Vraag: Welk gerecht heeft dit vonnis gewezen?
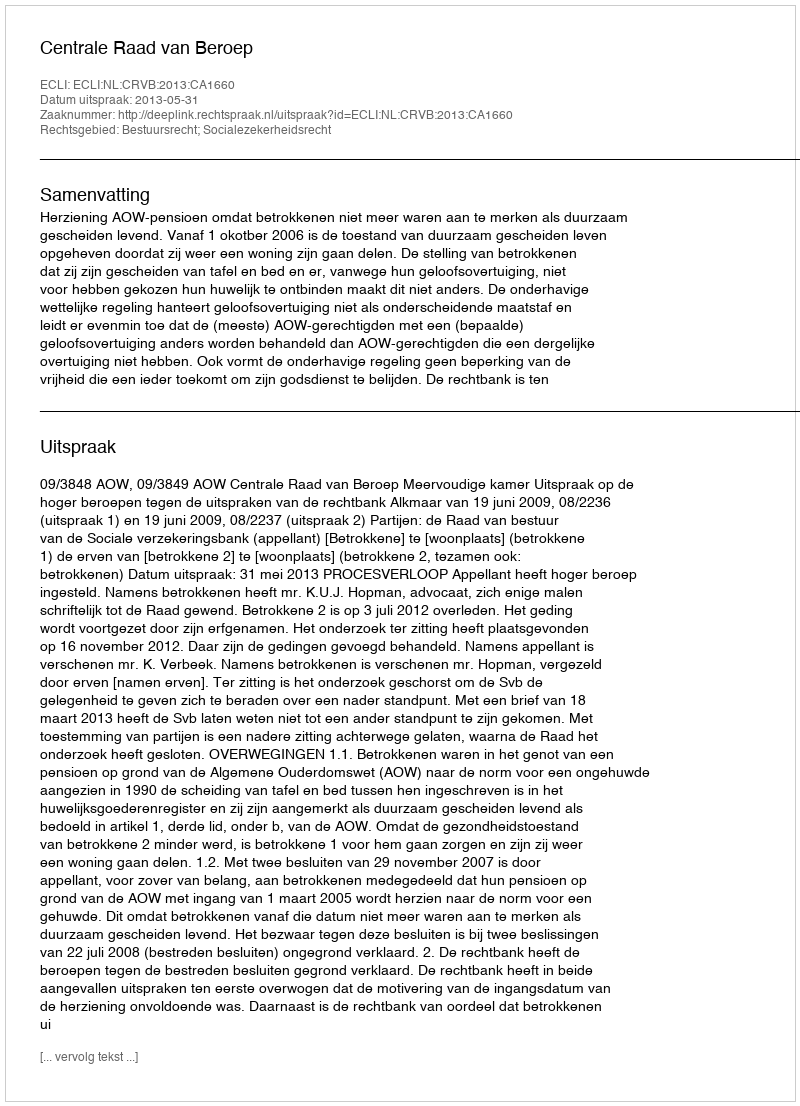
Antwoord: Centrale Raad van Beroep